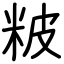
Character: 𥹖